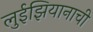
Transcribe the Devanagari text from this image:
लुईझियानाची